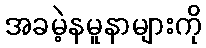
အခမဲ့နမူနာများကို